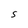
Character: 5